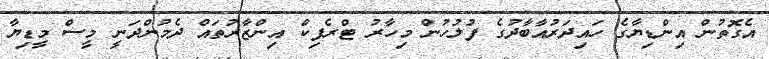
އެގޮތުން އިންޑިޔާގެ ހައިދަރުއާބާދުގެ ފުލުހުން މިހާރު ޓްރެފިކް އިންޒާރުތައް ދެމުންދަނީ މީސް މީޑިޔާ